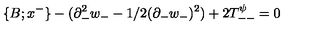
\{ B ; x ^ { - } \} - ( \partial _ { - } ^ { 2 } w _ { - } - 1 / 2 ( \partial _ { - } w _ { - } ) ^ { 2 } ) + 2 T _ { -- } ^ { \psi } = 0